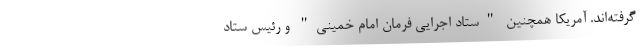
گرفته‌اند. آمریکا همچنین "ستاد اجرایی فرمان امام خمینی" و رئیس ستاد